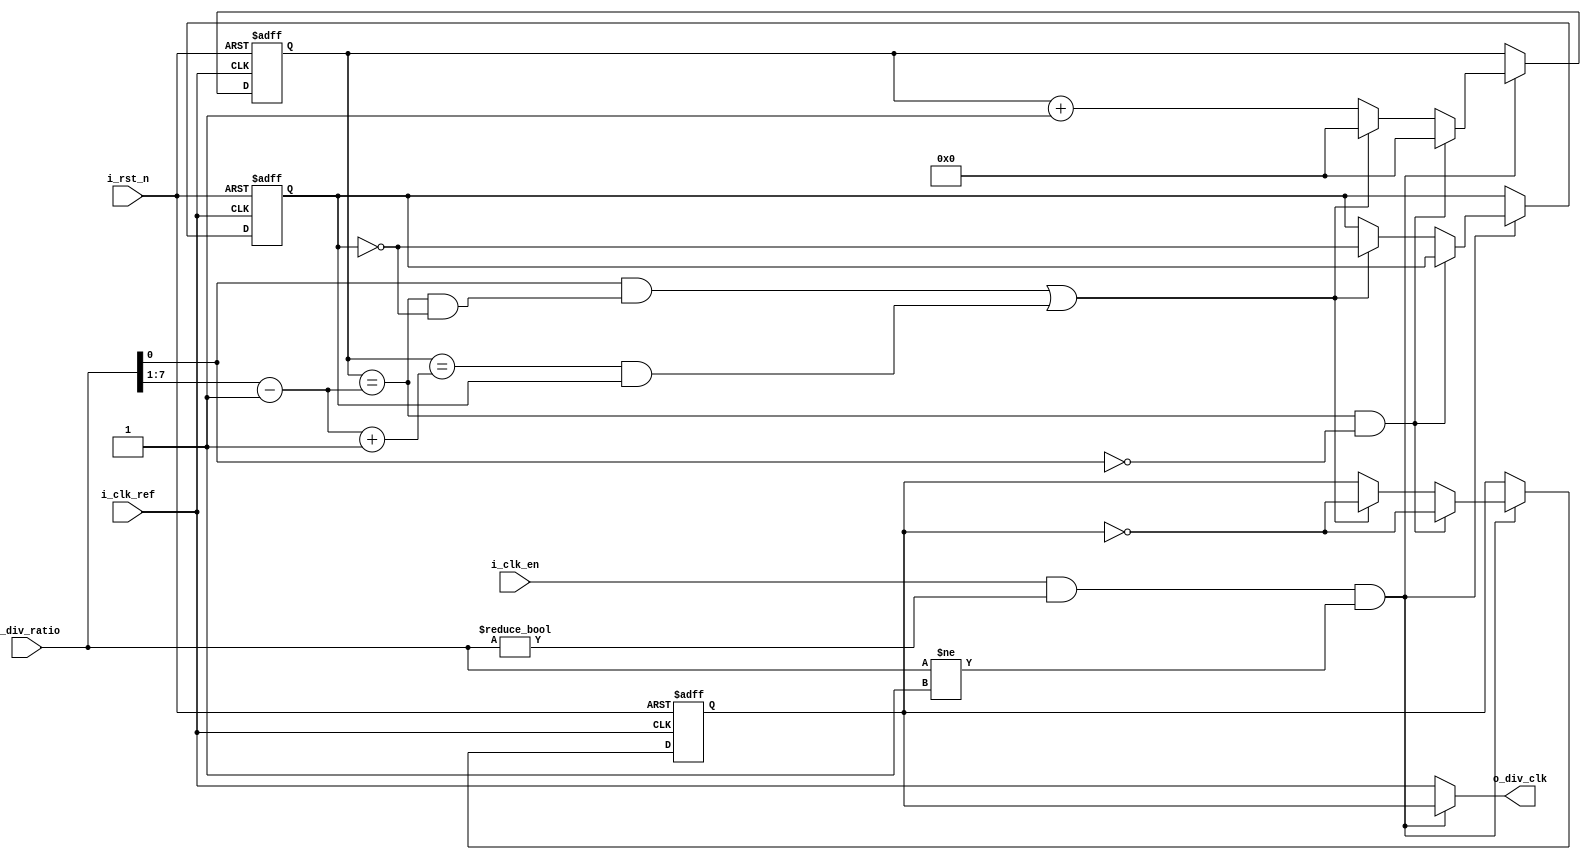
module ClkDiv #(
    // Parameters
    parameter WIDTH = 8
)(
    // I/O Ports
    input  wire i_clk_ref,
    input  wire i_rst_n ,
    input  wire i_clk_en,
    input  wire [WIDTH - 1 : 0] i_div_ratio,
    output wire o_div_clk
);

// Internal Signals
wire odd;
wire [WIDTH - 2 : 0] half;
wire ClK_DIV_EN;
reg  flag;
reg  [WIDTH - 1 : 0] counter;
reg div_clk;

always @(posedge i_clk_ref or negedge i_rst_n) begin
    //IF RST --> Active Low Asynchronous Reset
    if(!i_rst_n) begin
      div_clk      <= 1'b0;
      counter      <=  'b0;
      flag         <= 1'b0;
    end
    // IF EN
    else if(ClK_DIV_EN) begin
      // IF Div Ratio is even
      if(counter == half && !odd) begin
        // Toggle the clock
        div_clk   <= ~div_clk;
        counter   <=  'b0; 
      end

      // IF Div Ratio is odd
      else if(odd && (counter == half && !flag) || (counter == (half + 1'b1) && flag)) begin
        // Toggle the clock
        div_clk   <= ~div_clk;
        counter   <=  'b0;
        flag      <= !flag;
      end

      else begin
        // Increment the counter
        counter <= counter + 1'b1;
      end
    end
end

// Check Div Ratio is ODD or EVEN ?
assign odd  = (i_div_ratio[0]);
// Get the half of Div Ratio
assign half = ( (i_div_ratio >> 1) - 1);
// Check Div Ratio not equals Zero or One before enable the clock divider
assign ClK_DIV_EN = (i_clk_en && ( i_div_ratio != 1'b0) && ( i_div_ratio != 1'b1));
// IF clock divider is disabled --> generated clock is the reference clock    
assign o_div_clk = ClK_DIV_EN ? div_clk : i_clk_ref;


endmodule